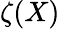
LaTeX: \zeta(X)